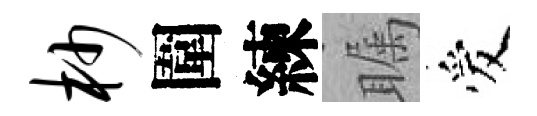
杪圍練瞩爱